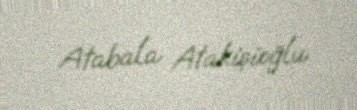
Atabala Atakişioğlu